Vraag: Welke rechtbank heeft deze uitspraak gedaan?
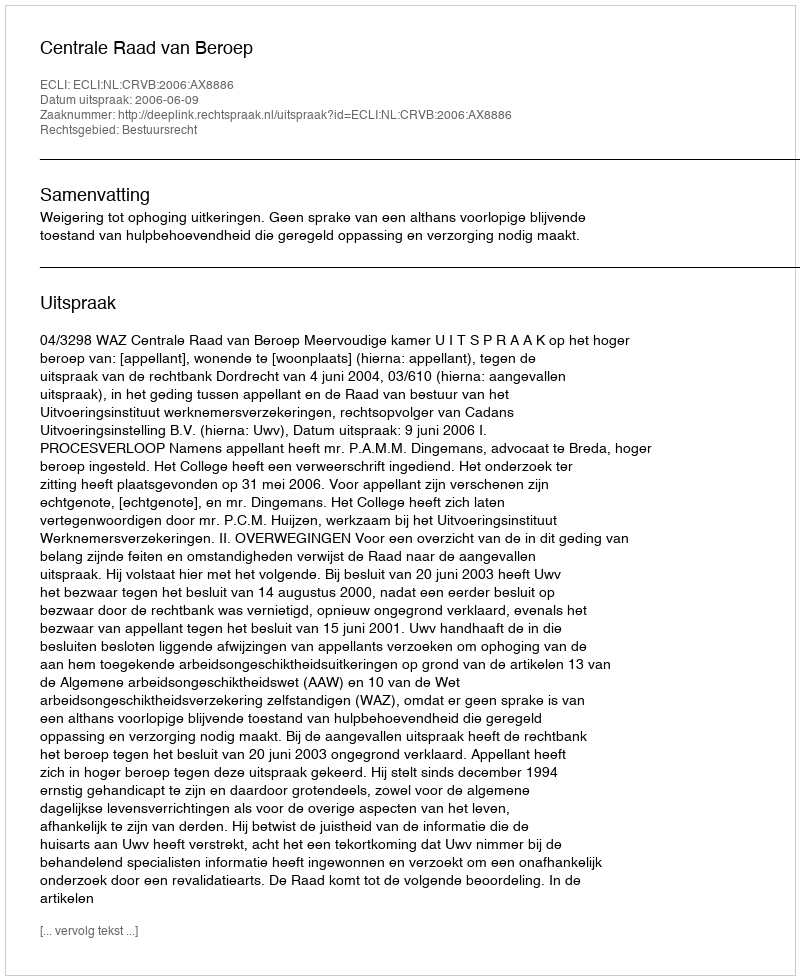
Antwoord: Centrale Raad van Beroep